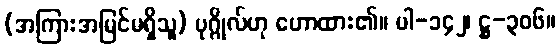
(အကြားအမြင်မရှိသူ) ပုဂ္ဂိုလ်ဟု ဟောထား၏။ ပါ-၁၄၂၊ ဋ္ဌ-၃၀၆။